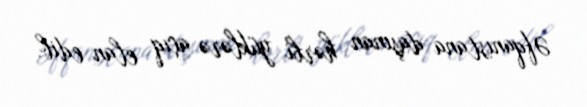
Əfqanıstana daşınan hərbi yüklərə açıq elan edib.